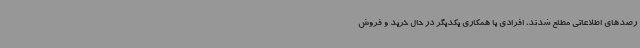
رصدهای اطلاعاتی مطلع شدند، افرادی با همکاری یکدیگر در حال خرید و فروش